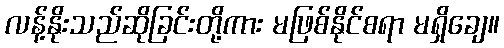
လန့်နိုးသည်ဆိုခြင်းတို့ကား မဖြစ်နိုင်စရာ မရှိချေ။